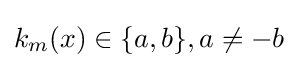
k_{m}(x)\in \{a,b\},a\neq -b